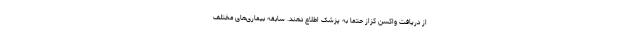
از دریافت واکسن کزاز حتما به پزشک اطلاع دهند. سابقه بیماری‌های مختلف